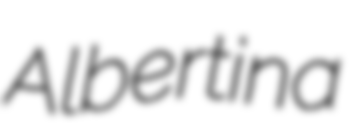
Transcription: Albertina